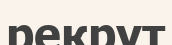
рекрут